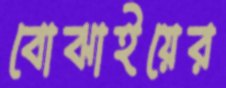
বোঝাইয়ের